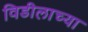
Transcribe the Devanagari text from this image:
विडीलाच्या